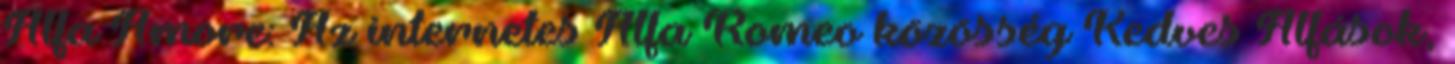
Alfa Amore: Az internetes Alfa Romeo közösség Kedves Alfások,